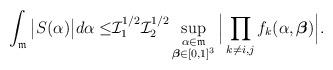
LaTeX: \begin{align*} \int_{\mathfrak{m}}\big|S(\alpha)\big|d\alpha \le &\mathcal{I}_1^{1/2}\mathcal{I}_2^{1/2} \sup_{\substack{\alpha\in\mathfrak{m}\\\boldsymbol{\beta}\in [0,1]^3}}\Big|\prod_{k\not=i,j}f_k(\alpha,\boldsymbol{\beta})\Big|.\end{align*}